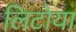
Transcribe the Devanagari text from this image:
लिटोया